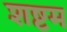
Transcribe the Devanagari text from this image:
शष्टम